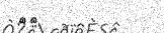
٢١